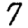
Digit: 7